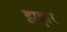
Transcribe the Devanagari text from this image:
झझर